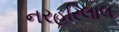
નરહરિલાલ